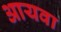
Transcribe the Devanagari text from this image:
आयवा